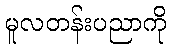
မူလတန်းပညာကို